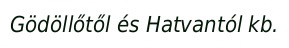
Gödöllőtől és Hatvantól kb.